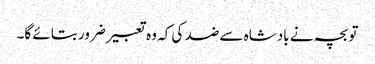
تو بچہ نے بادشاہ سے ضد کی کہ وہ تعبیر ضرور بتائے گا۔